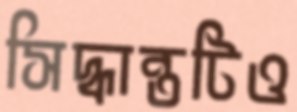
সিদ্ধান্তটিও